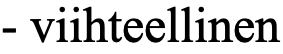
- viihteellinen